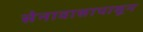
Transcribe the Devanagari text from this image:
सेनावासापासून